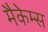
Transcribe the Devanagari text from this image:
मैकेम्स